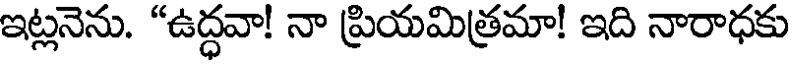
ఇట్లనెను. "ఉద్ధవా! నా ప్రియమిత్రమా! ఇది నారాధకు